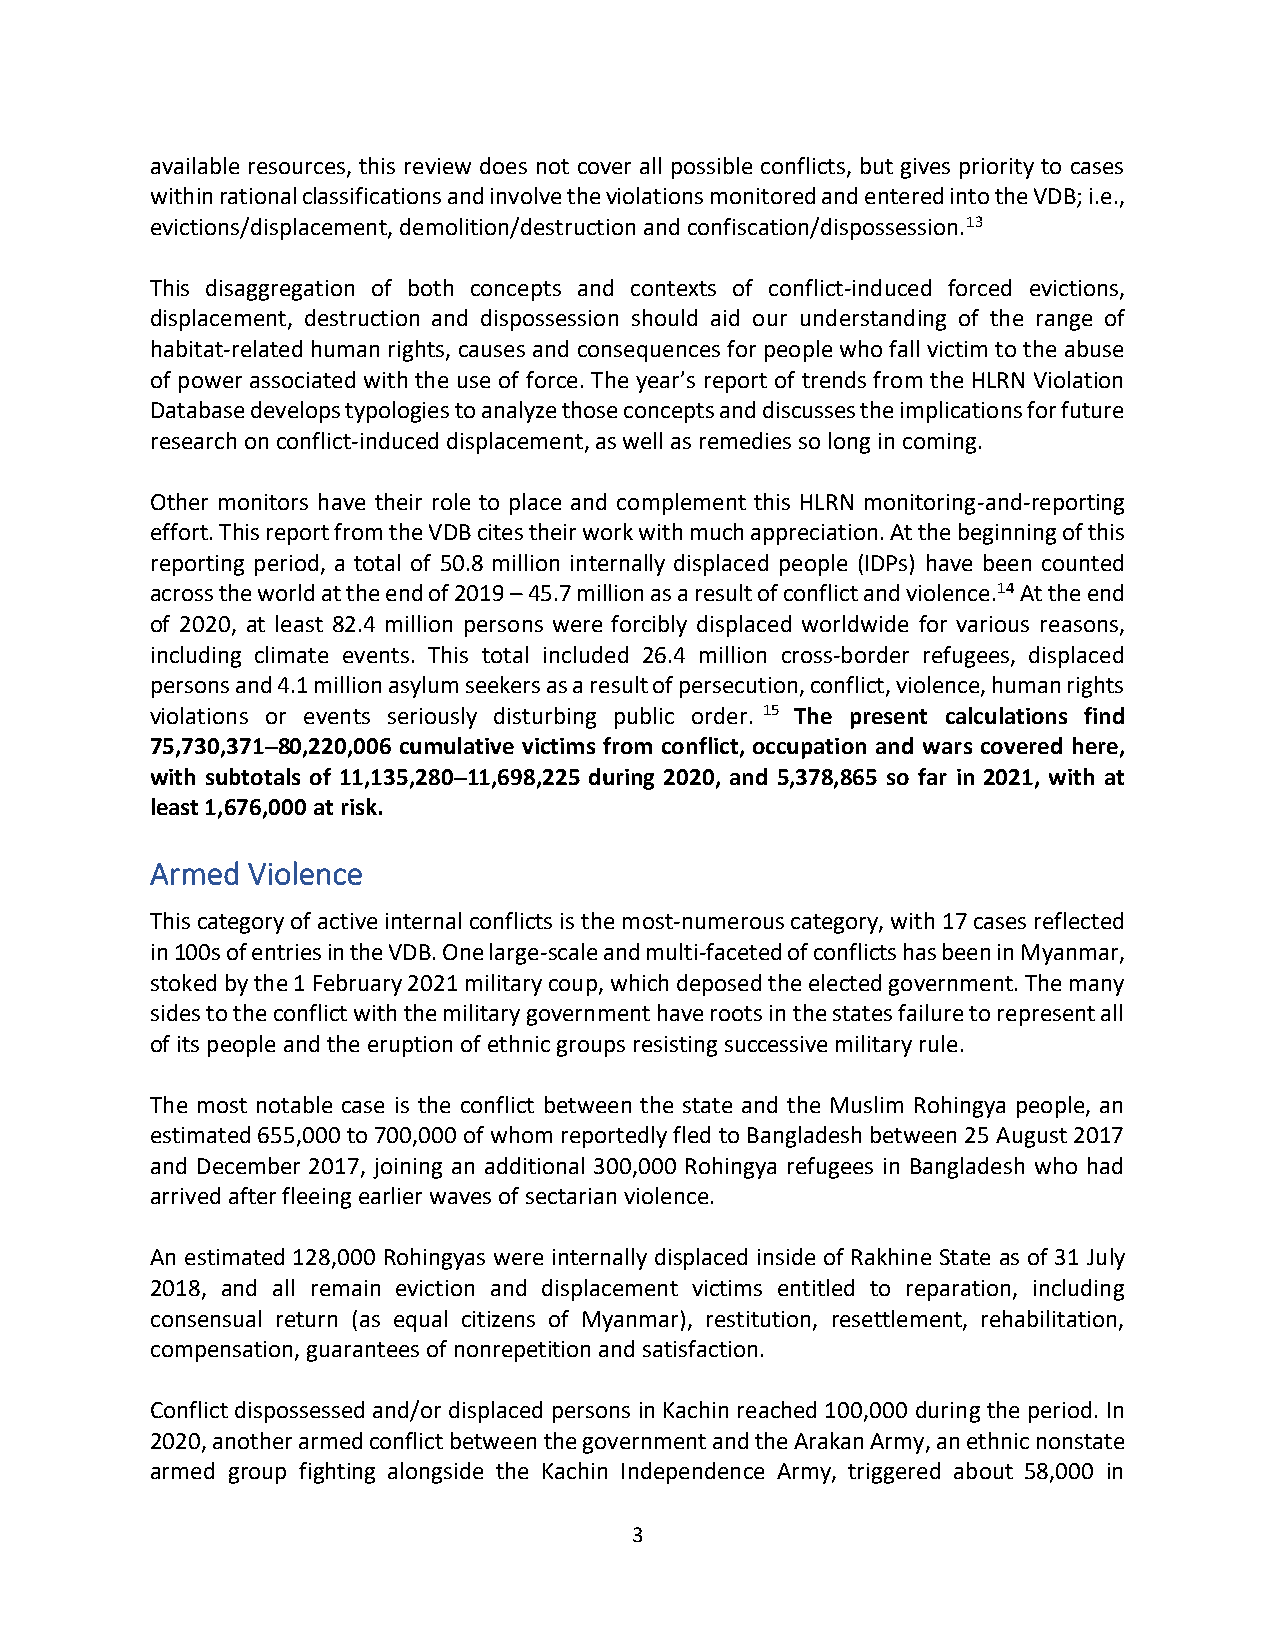
available resources, this review does not cover all possible conflicts, but gives priority to cases
 within rational classifications and involve the violations monitored and entered into the VDB; i.e.,
 evictions/displacement, demolition/destruction and confiscation/dispossession.13
 This disaggregation of both concepts and contexts of conflict-induced forced evictions,
 displacement, destruction and dispossession should aid our understanding of the range of
 habitat-related human rights, causes and consequences for people who fall victim to the abuse
 of power associated with the use of force. The year’s report of trends from the HLRN Violation
 Database develops typologies to analyze those concepts and discusses the implications for future
 research on conflict-induced displacement, as well as remedies so long in coming.
 Other monitors have their role to place and complement this HLRN monitoring-and-reporting
 effort. This report from the VDB cites their work with much appreciation. At the beginning of this
 reporting period, a total of 50.8 million internally displaced people (IDPs) have been counted
 across the world at the end of 2019 – 45.7 million as a result of conflict and violence.14 At the end
 of 2020, at least 82.4 million persons were forcibly displaced worldwide for various reasons,
 including climate events. This total included 26.4 million cross-border refugees, displaced
 persons and 4.1 million asylum seekers as a result of persecution, conflict, violence, human rights
 violations or events seriously disturbing public order. 15 The present calculations find
 75,730,371–80,220,006 cumulative victims from conflict, occupation and wars covered here,
 with subtotals of 11,135,280–11,698,225 during 2020, and 5,378,865 so far in 2021, with at
 least 1,676,000 at risk.
 Armed Violence
 This category of active internal conflicts is the most-numerous category, with 17 cases reflected
 in 100s of entries in the VDB. One large-scale and multi-faceted of conflicts has been in Myanmar,
 stoked by the 1 February 2021 military coup, which deposed the elected government. The many
 sides to the conflict with the military government have roots in the states failure to represent all
 of its people and the eruption of ethnic groups resisting successive military rule.
 The most notable case is the conflict between the state and the Muslim Rohingya people, an
 estimated 655,000 to 700,000 of whom reportedly fled to Bangladesh between 25 August 2017
 and December 2017, joining an additional 300,000 Rohingya refugees in Bangladesh who had
 arrived after fleeing earlier waves of sectarian violence.
 An estimated 128,000 Rohingyas were internally displaced inside of Rakhine State as of 31 July
 2018, and all remain eviction and displacement victims entitled to reparation, including
 consensual return (as equal citizens of Myanmar), restitution, resettlement, rehabilitation,
 compensation, guarantees of nonrepetition and satisfaction.
 Conflict dispossessed and/or displaced persons in Kachin reached 100,000 during the period. In
 2020, another armed conflict between the government and the Arakan Army, an ethnic nonstate
 armed group fighting alongside the Kachin Independence Army, triggered about 58,000 in
 3